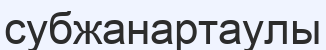
субжанартаулы